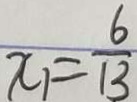
x _ { 1 } = \frac { 6 } { 1 3 }